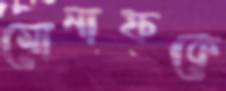
মোনাফকে